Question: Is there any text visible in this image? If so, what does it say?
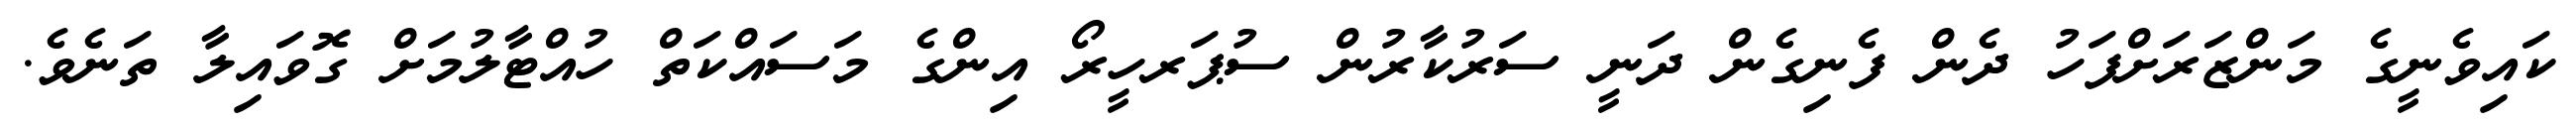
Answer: ކައިވެނީގެ މަންޒަރަށްފަހު ދެން ފެނިގެން ދަނީ ސަރުކާރުން ސުޕަރހީރޯ އިންގެ މަސައްކަތް ހުއްޓާލުމަށް ގޮވައިލާ ތަނެވެ.